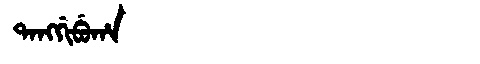
Manchu: ᡨᠠᠩᡤᡳᠪᡠᡥᠠ
Romanization: TANGGIBUHA